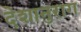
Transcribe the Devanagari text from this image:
देशानुराग